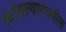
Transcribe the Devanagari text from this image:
त्यांतल्यापंचवीस